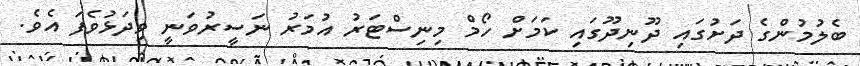
ބެލުމުންގެ ދަށުގައި ދޫނިދޫގައި ކަމަށް ހޯމް މިނިސްޓަރު އުމަރު ނަސީރުވަނީ ވިދަޅުވެފަ އެވެ.